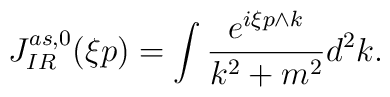
J^{as,0}_{IR}(\xi p)=  \int \frac{e^{i\xi p\wedge k}}{k^2+m^2}d^2k.